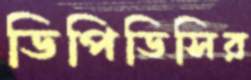
ডিপিডিসির